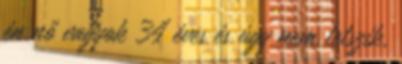
én nő vagyok 34 éves és úgy nem tetszik,